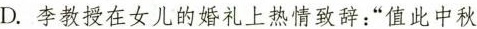
D.李教授在女儿的婚礼上热情致辞：”值此中秋